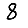
Digit: 8